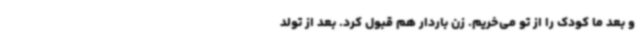
و بعد ما کودک را از تو می‌خریم. زن باردار هم قبول کرد. بعد از تولد